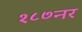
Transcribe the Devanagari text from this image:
१८७नर